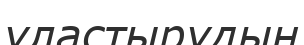
ұластырудың